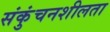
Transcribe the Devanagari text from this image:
संकुंचनशीलता